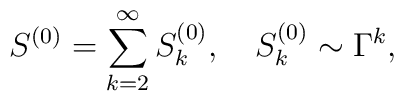
S^{(0)}=\sum_{k=2}^\infty S^{(0)}_k,\quad S^{(0)}_k\sim \Gamma^k,